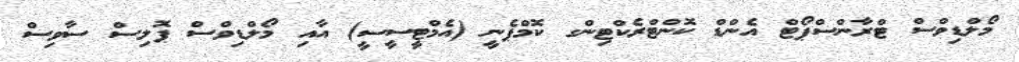
މޯލްޑިވްސް ޓްރާންސްޕޯޓް އެންޑް ކޮންޓްރެކްޓިންގ ކޮމްޕެނީ (އެމްޓީސީސީ) އާއި މޯލްޑިވްސް ޕޮލިސް ސާވިސް